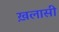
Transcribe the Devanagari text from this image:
ख़लासी